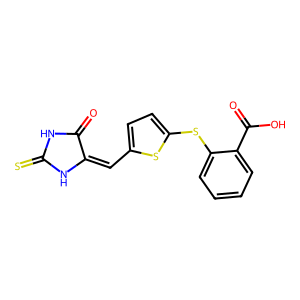
SMILES: O=C1NC(=S)NC1=Cc1ccc(Sc2ccccc2C(=O)O)s1
Inhibits HIV replication: No